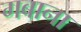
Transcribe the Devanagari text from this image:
गबाना